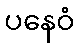
ပနေဝံ